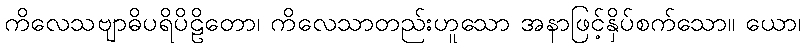
ကိလေသဗျာဓိပရိပိဠိတော၊ ကိလေသာတည်းဟူသော အနာဖြင့်နှိပ်စက်သော။ ယော၊